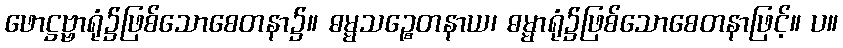
ဖောဋ္ဌဗ္ဗာရုံ၌ဖြစ်သောစေတနာ၌။ ဓမ္မသဉ္စေတနာယ၊ ဓမ္မာရုံ၌ဖြစ်သောစေတနာဖြင့်။ ပ။